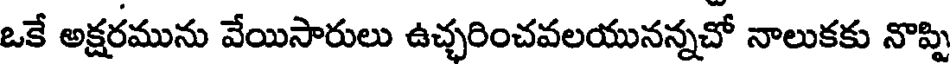
ఒకే అక్షరమును వేయిసారులు ఉచ్చరించవలయునన్నచో నాలుకకు నొప్పి